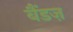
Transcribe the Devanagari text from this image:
बैंडज़